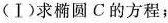
(Ⅰ)求椭圆C的方程；